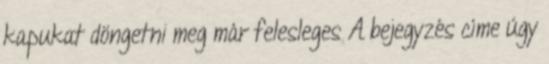
kapukat döngetni meg már felesleges A bejegyzés címe úgy